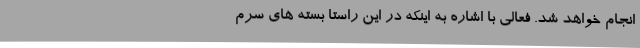
انجام خواهد شد. فعالی با اشاره به اینکه در این راستا بسته های سرم